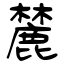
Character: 麓